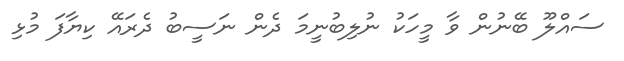
ސައްލޫ ބޭނުން ވާ މީހަކު ނުލިބުނީމަ ދެން ނަސީބު ދެރައޭ ކިޔާފަ މުޅި